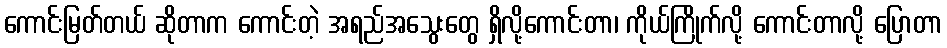
ကောင်းမြတ်တယ် ဆိုတာက ကောင်းတဲ့ အရည်အသွေးတွေ ရှိလို့ကောင်းတာ၊ ကိုယ်ကြိုက်လို့ ကောင်းတာလို့ ပြောတာ